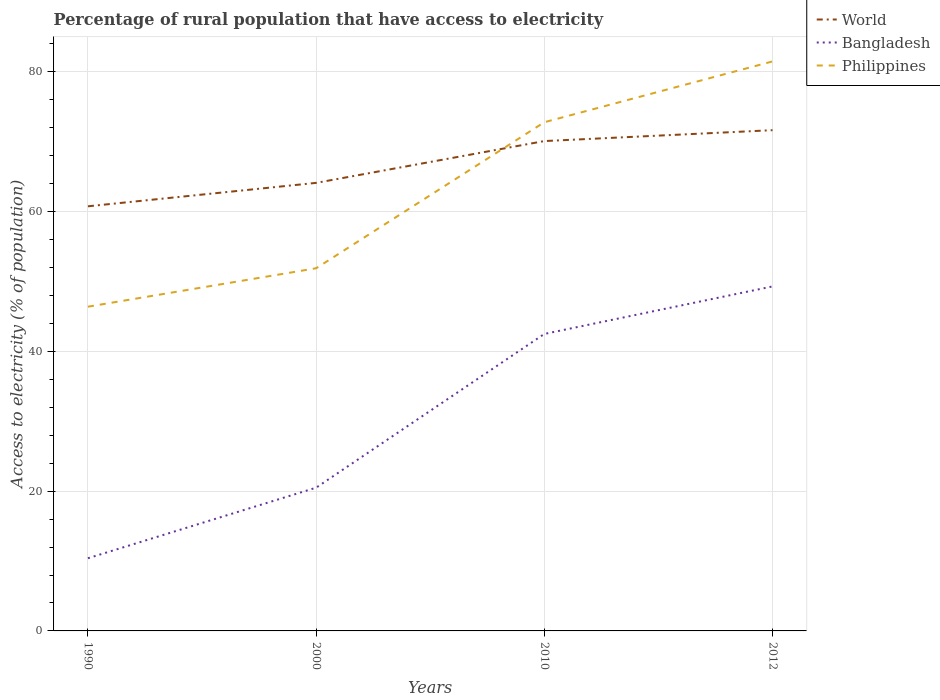
| Years | World | Bangladesh | Philippines |
 | --- | --- | --- | --- |
 | 1990 | 60.8 | 10.4 | 46.4 |
 | 2000 | 64.1 | 20.5 | 51.9 |
 | 2010 | 70.1 | 42.5 | 72.8 |
 | 2012 | 71.7 | 49.3 | 81.5 |